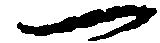
一